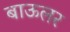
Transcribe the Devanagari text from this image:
बाऊलर